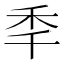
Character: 秊